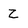
Character: z